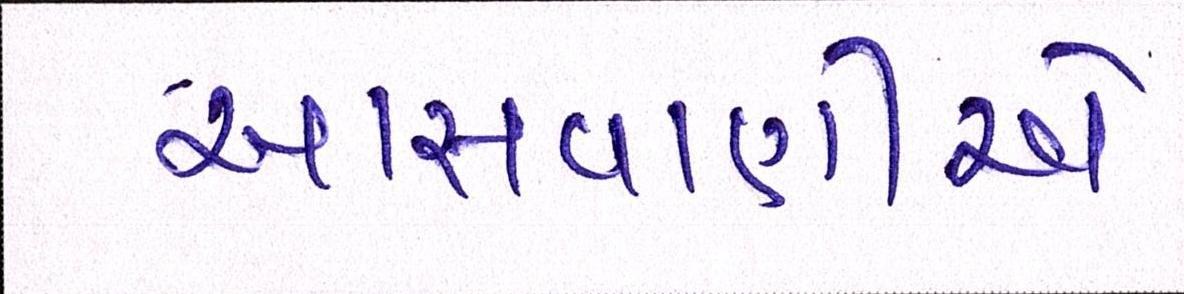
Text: આસવાણીએ